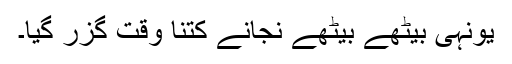
یونہی بیٹھے بیٹھے نجانے کتنا وقت گزر گیا۔